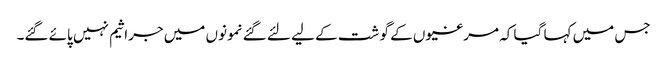
جس میں کہا گیا کہ مرغیوں کے گو شت کے لیے لئے گئے نمونوں میں جراثیم نہیں پائے گئے۔